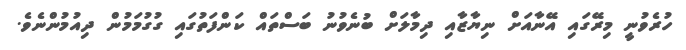
ހުރެވުނީ މިރޭގައި އޭނާއަށް ނިޔާޒާއި ދިމާލަށް ބުނެވުނު ބަސްތައް ކަންފަތުގައި ގުގުމަމުން ދިއުމުންނެވެ.